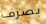
بصرف